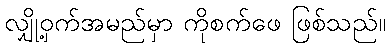
လျှို့ဝှက်အမည်မှာ ကိုစက်ဖေ ဖြစ်သည်။